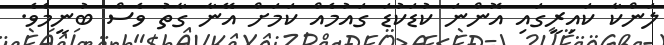
ލަންކާ ކައިރީގައި އޮންނަ ކުޑަކުޑަ ގައުމެއް ކަމަށް އޭނާ ގާތު ވެސް ބުނީމެވެ.